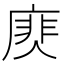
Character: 𢊎